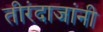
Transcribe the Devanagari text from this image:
तीरंदाजांनी